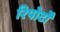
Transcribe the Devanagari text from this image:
रिपोर्टाें